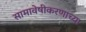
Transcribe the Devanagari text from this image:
सामावेषीकरणाच्या